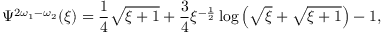
\Psi ^ { 2 \omega _ { 1 } - \omega _ { 2 } } ( \xi ) = \frac { 1 } { 4 } \sqrt { \xi + 1 } + \frac { 3 } { 4 } \xi ^ { - \frac { 1 } { 2 } } \log { \left( \sqrt { \xi } + \sqrt { \xi + 1 } \right) } - 1 ,